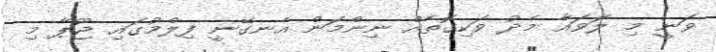
ވަނީ މި ލަވައާ މެދު ވަކިގޮތެއް ނިންމަން އެނގޭނީ ފިލްމުގައި ޖޫޕާ މި